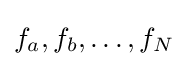
f_{a},f_{b},\ldots ,f_{N}